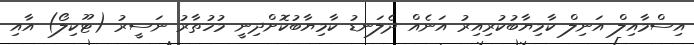
އިސްމާއިލް އަނިލް ކާމިޔާބުކުރިއިރު އަނެއް ދެލަނޑު ކާމިޔާބުކޮށްދިނީ މުހުތާރު ނަސީރު (ޓޫކިލޯ) އާއި